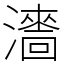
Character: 瀒